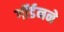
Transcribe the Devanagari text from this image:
गॉर्डनने